system: You are a helpful assistant.
user:
Analyze the provided spectrum to determine if it is a **S-type Star**.

- **Key Indicators for S-type Star:**

    - **(Overall Spectrum Shape):** The first and most obvious characteristic is the overall continuum (the "baseline" shape). It is **extremely "red-sloping,"** meaning the flux (light intensity) is very low on the left side (blue, ~4000-4500 Å) and rises steeply and continuously toward the right side (red, ~7000 Å+).

    - **(Primary):** The spectrum is defined by the presence of strong, broad molecular absorption "valleys" (bands) from **Zirconium Oxide (ZrO)**. The identification of these bands is the **primary requirement** for classifying a star as S-type.
        - **(Key Bandheads):** You must find distinct, deep "dips" where the light has been absorbed. The most critical band systems to locate are:
            - **~6474 Å** ($\gamma$-system): This is often the strongest and clearest ZrO feature, found in the red part of the spectrum.
            - **~5718 Å** & **~5551 Å** ($\beta$-system): A pair of prominent absorption features in the yellow-orange part of the spectrum.
            - **~4640 Å** ($\alpha$-system): A key absorption band system in the blue-green region of the spectrum.

    - **(Secondary Confirmation):** The classification is strengthened by finding additional absorption bands from other related heavy element oxides, which are expected to be present alongside ZrO.
        - **(Key Bandheads):**
            - **Yttrium Oxide (YO):** Look for absorption dips near **~4800 Å** and **~6100 Å**.
            - **Lanthanum Oxide (LaO):** Additional absorption features, particularly in the red-orange part of the spectrum, are also characteristic.

    - **(Line Profile):** The combination of the steep red continuum and these numerous, deep molecular bands (ZrO, YO, etc.) gives the entire spectrum a very **"chopped-up"** or **"bumpy"** appearance. Instead of a smooth curve, the spectrum looks as though large, wide chunks of light have been "carved out" of it at the specific wavelengths listed above.

Think first, call **spectral_visualization_tool** if needed to examine features in detail, then provide your final answer. Your response must adhere to the following strict rules:
1.  **Overall Structure:** Your response must follow the format `<think>...</think> <tool_call>...</tool_call> (if a tool is used) <answer>...</answer>`.
2.  **Tool Usage Constraint:** You may only make **one** tool call per turn.
3.  **Final Answer Format:** In the `<answer>` tag, your conclusion must be inside a `\boxed{}` command (e.g., `\boxed{YES}` or `\boxed{NO}`), followed by your justification.

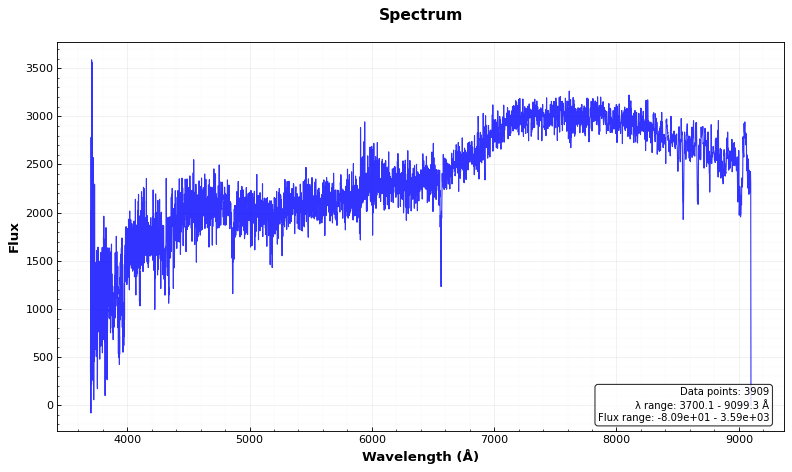
Answer: NO